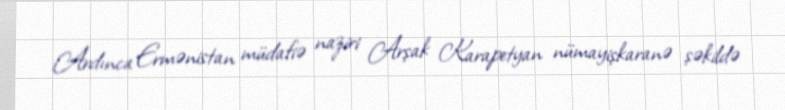
Ardınca Ermənistan müdafiə naziri Arşak Karapetyan nümayişkaranə şəkildə